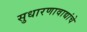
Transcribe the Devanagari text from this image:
सुधारणावाद्यांचे